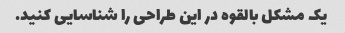
یک مشکل بالقوه در این طراحی را شناسایی کنید.